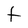
Character: t